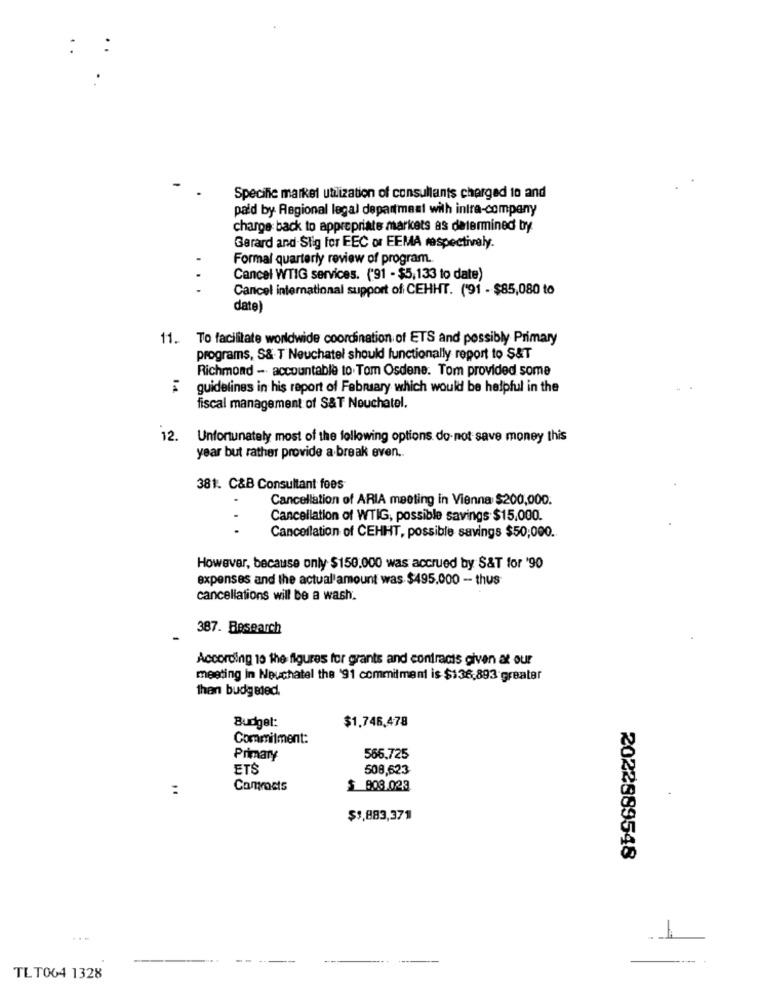
:
Specifie market utilization of consullants charged to and
paid by Regional legal department with intra-company
charge back to appropriate markets as determined by
Gerard and Stig for EEC or EEMA respectively.
Formal quarterly review of program.
Cancel WTIG services. ('91 - $5,133 to date)
...
Cancel international support of CEHHT. (91 - $85,080 to
date)
11. To facilitate worldwide coordination of ETS and possibly Primary
programs, S& T Neuchatel should functionally report to S&T
Richmond - accountable to. Tom Osdene. Tom provided some
guidelines in his report of February which would be helpful in the
fiscal management of S&T Neuchatel.
12.
Unfortunately most of the following options do- not save money this
year but rather provide a break even ..
381. C&B Consultant fees
Cancellation of ARIA meeting in Vienna $200,000.
Cancellation of WTIG, possible savings $15,000.
Cancellation of CEHHT, possible savings $50,000.
However, because only $150.000 was accrued by S&T for '90
expenses and the actual amount was $495.000 - thus
cancellations will be a wash.
387. Research
According 10 the figures for grants and contracis given at our
meeting in Neuchatel the '91 commitment is $136,893 greater
then budgeted.
$1,746,478
Budget:
Commitment:
Primary
566.725
ETS
508,623
:
Commets
$ 903.023
-
$1,883,371
2022889548
1
TLT064 1328